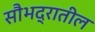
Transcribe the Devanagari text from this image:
सौभद्रातील